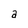
Character: a